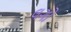
લગો